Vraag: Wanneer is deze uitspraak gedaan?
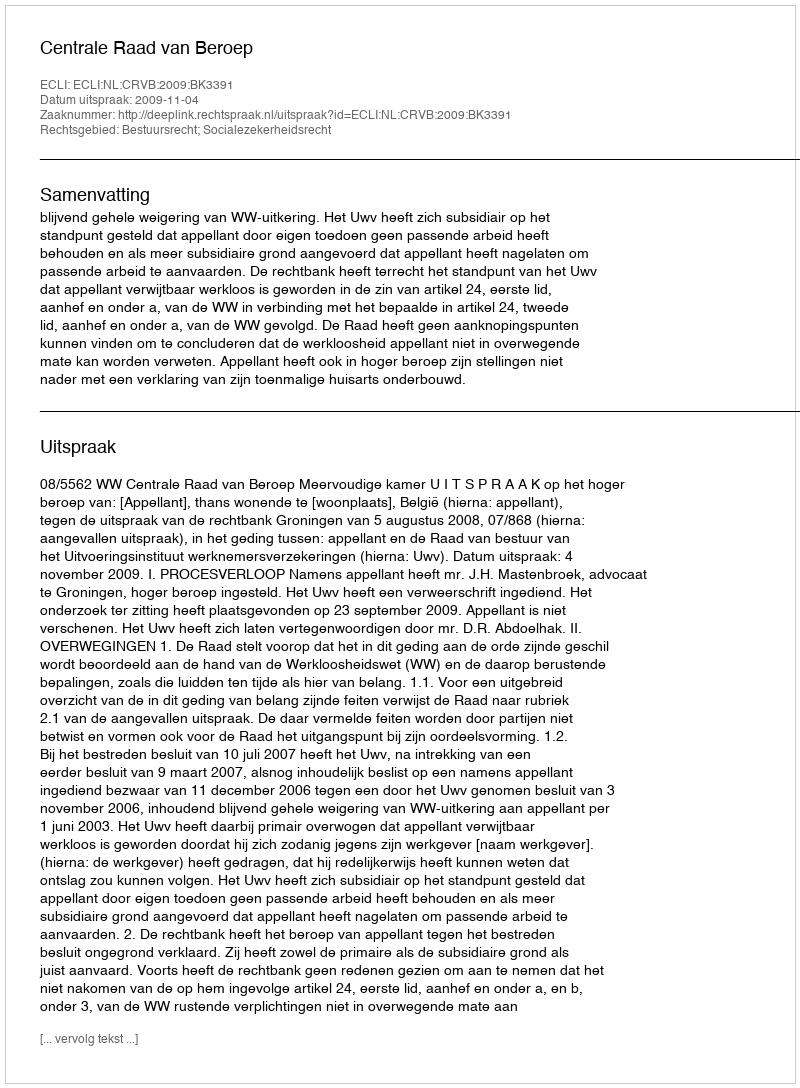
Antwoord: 2009-11-04